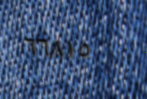
٦٦٨١٥